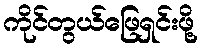
ကိုင်တွယ်ဖြေရှင်းဖို့